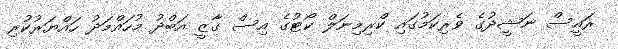
ރައީސް ނަޝީދުގެ ވެރިކަމުގައި ކްރިމިނަލް ކޯޓުގެ އިސް ގާޒީ އަބްދު މުހައްމަދު ހައްޔަރުކުރި